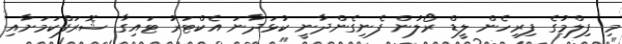
މި ފިލްމުގެ ފިރިހެން ލީޑް ރޯލުން ފެނިގެންދާނީ ކުޅަދާނަ އެކްޓަރު ޓައިގާ ޝޮރަފްކަމަށާއި